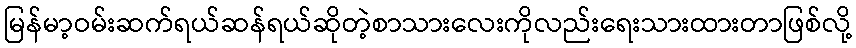
မြန်မာ့ဝမ်းဆက်ရယ်ဆန်ရယ်ဆိုတဲ့စာသားလေးကိုလည်းရေးသားထားတာဖြစ်လို့